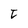
Character: t